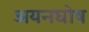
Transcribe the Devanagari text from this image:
अयनघोष